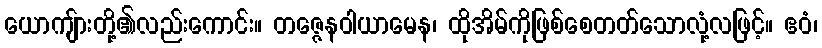
ယောကျ်ားတို့၏လည်းကောင်း။ တဇ္ဇေနဝါယာမေန၊ ထိုအိမ်ကိုဖြစ်စေတတ်သောလုံ့လဖြင့်။ ဧဝံ၊